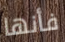
فأنها